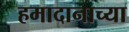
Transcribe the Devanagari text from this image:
हमादानाच्या